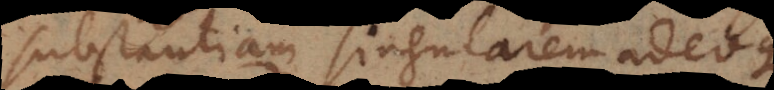
substantiam singularem corporum